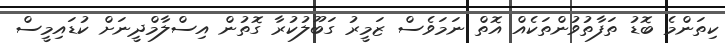
ކިތަންމެ ބޮޑު ތަފާތުވުންތަކެއް އޮތް ނަމަވެސް ޒަމީރު ގަބޫލުކުރާ ގޮތުން އިސްލާމްދީނަށް ކުޑައިމީސް